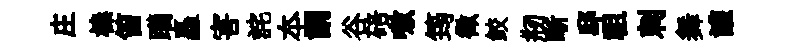
庄榛笛躪矗害詫夲謂谷碚嗷筠徵鲛剏晰邸祖刺舞讙